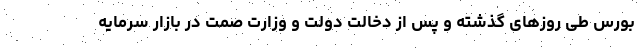
بورس طی روزهای گذشته و پس از دخالت دولت و وزارت صمت در بازار سرمایه